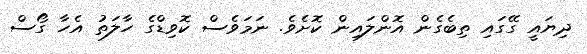
ދިޔައީ ގޭގައި ތިބެގެން އޮންލައިން ކޮށެވެ. ނަމަވެސް ކޮވިޑްގެ ހާލަތު އެހާ ގޯސް